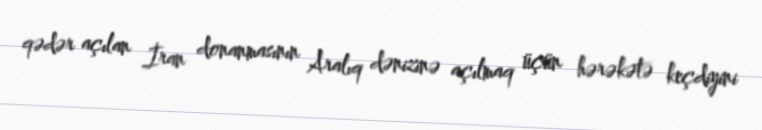
qədər açılan İran donanmasının Aralıq dənizinə açılmaq üçün hərəkətə keçdiyini